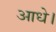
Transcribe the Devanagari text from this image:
आधे।